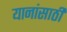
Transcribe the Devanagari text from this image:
यानांसाठी